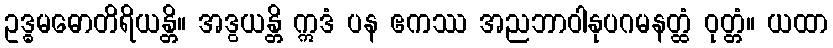
ဥဒ္ဓမဓောတိရိယန္တိ။ အဒွယန္တိ ဣဒံ ပန ဧကဿ အညဘာဝါနုပဂမနတ္ထံ ဝုတ္တံ။ ယထာ